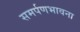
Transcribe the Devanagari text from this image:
समर्पणभावना